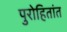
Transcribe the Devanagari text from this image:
पुरोहितांत